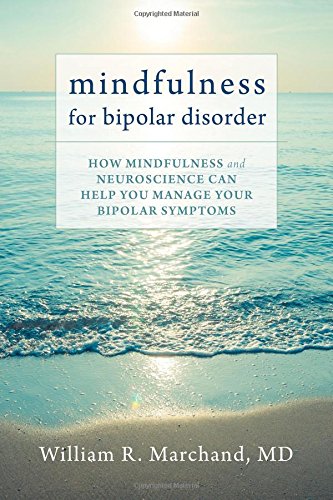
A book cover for Mindfulness for Bipolar Disorder: How Mindfulness and Neuroscience Can Help You Manage Your Bipolar Symptoms; William R. Marchand MD; Health, Fitness & Dieting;